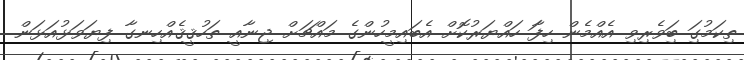
ތިކަމުގަި ބަިވެރިވި އެއްމެން ހިފަާ ހައްޔަރުކޮށް އެބައިމީހުންގެ މައްޗަށް ޖިނާއީ ތަހުޤީޤެއްހިނގާ ފިޔަވަޅުއަޅަން